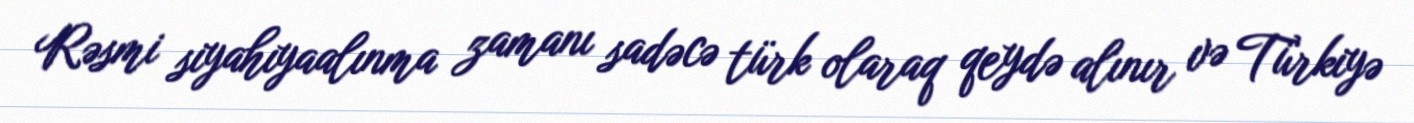
Rəsmi siyahıyaalınma zamanı sadəcə türk olaraq qeydə alınır və Türkiyə